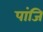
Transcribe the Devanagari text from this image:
पांजि